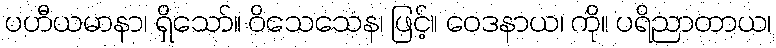
ပဟီယမာနာ၊ ရှိသော်။ ဝိသေသေန၊ ဖြင့်။ ဝေဒနာယ၊ ကို။ ပရိညာတာယ၊